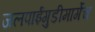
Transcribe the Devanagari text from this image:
जलपाईगुडीमार्गेच